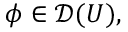
\phi \in { \mathcal { D } } ( U ) ,